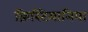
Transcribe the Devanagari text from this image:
क्रिस्टियानिया